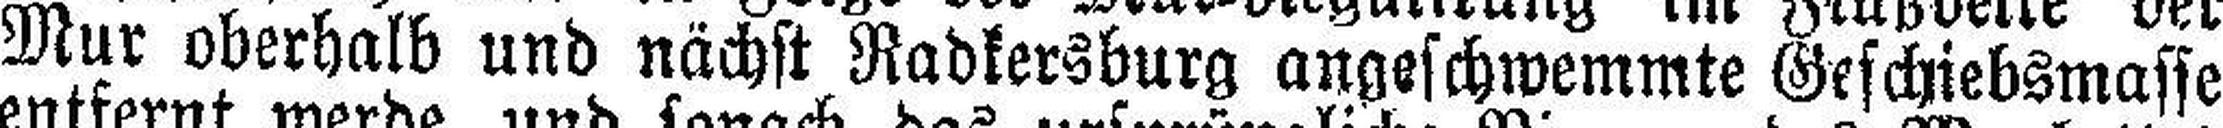
Mur oberhalb und nächst Radkersburg angeschwemmte Geschiebsmasse